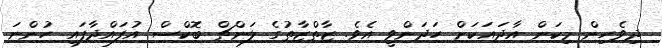
ދިވެހިން މިކަން އާދައަކަށް ހަދަންވީ އެވެ. ޒާތްޒާތުގެ ލަންޗް ބޮކްސް އުފައްދާފައި ހުންނަ